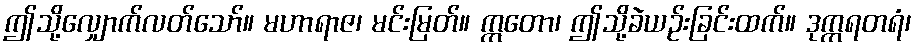
ဤသို့လျှောက်လတ်သော်။ မဟာရာဇ၊ မင်းမြတ်။ ဣတော၊ ဤသို့ခဲယဉ်းခြင်းထက်။ ဒုက္ကရတရံ၊